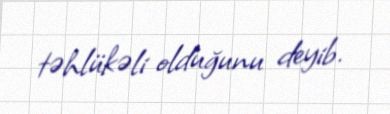
təhlükəli olduğunu deyib.